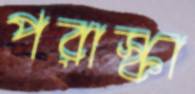
পরাস্কা